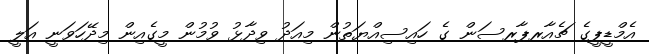
އެމްޑީޕީގެ ޗެއާރޕާރސަން ގެ ހައިސިއްޔަތުން މިއަދު ވިދާޅު ވުމުން މީގެއިން މިދޭހަވަނީ އަލީ